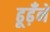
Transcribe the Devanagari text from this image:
ढूढ़ँने